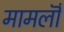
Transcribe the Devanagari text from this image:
मामलॊं